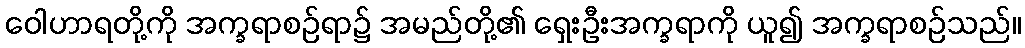
ဝေါဟာရတို့ကို အက္ခရာစဉ်ရာ၌ အမည်တို့၏ ရှေးဦးအက္ခရာကို ယူ၍ အက္ခရာစဉ်သည်။